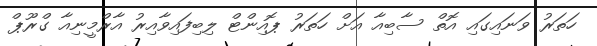
ހަތަރު ވަނައިގައި އޮތް ސާބިއާ އަށް ހަތަރު ޕޮއިންޓް ލިބިފައިވާއިރު އާރްމީނިއާ ގްރޫޕް